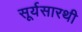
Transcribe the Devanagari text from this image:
सूर्यसारथी